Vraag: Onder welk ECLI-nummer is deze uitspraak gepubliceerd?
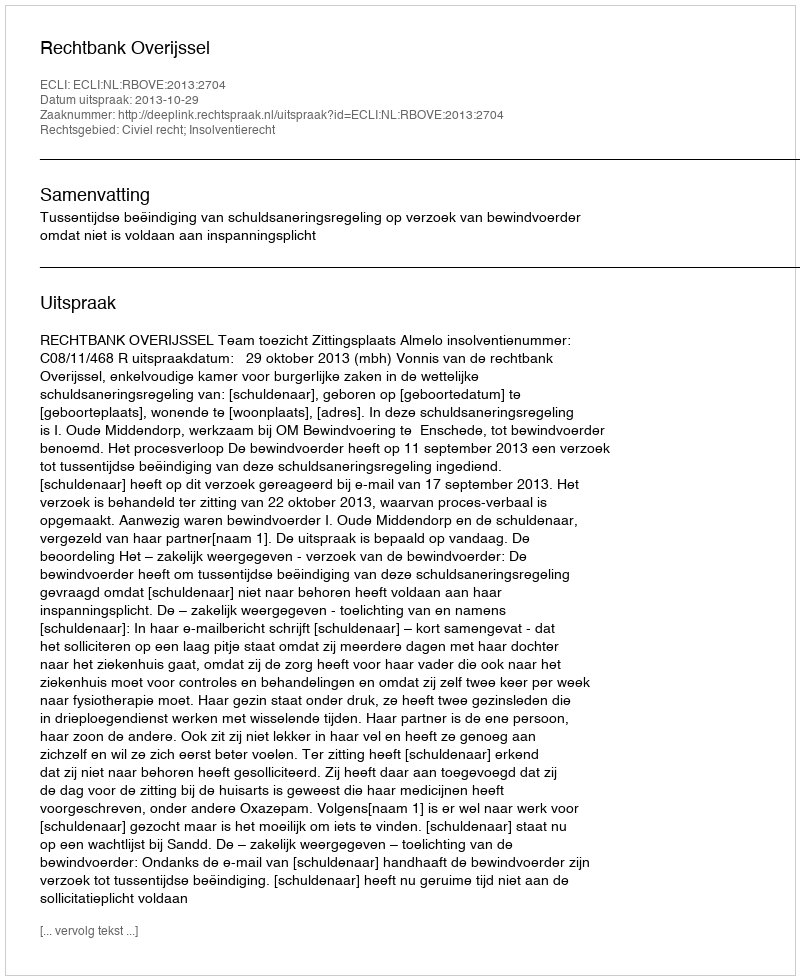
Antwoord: ECLI:NL:RBOVE:2013:2704